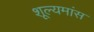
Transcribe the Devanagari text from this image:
शूल्यमांस